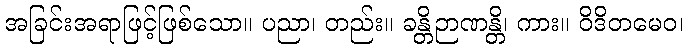
အခြင်းအရာဖြင့်ဖြစ်သော။ ပညာ၊ တည်း။ ခန္တိဉာဏန္တိ၊ ကား။ ဝိဒိတမေဝ၊